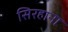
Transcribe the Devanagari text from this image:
सिरहाना